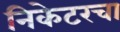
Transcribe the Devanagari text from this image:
निकेटरचा